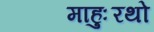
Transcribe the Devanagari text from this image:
माहुःरथो